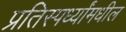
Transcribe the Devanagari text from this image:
प्रतिस्पर्ध्यांमधील